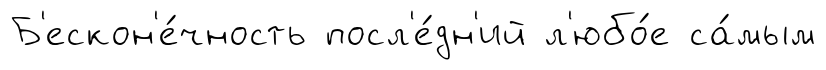
Б'ескон'е́чность посл'е́дн'ий л'юбо́е са́мым